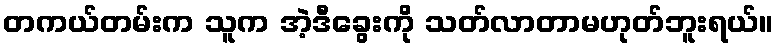
တကယ်တမ်းက သူက အဲ့ဒီခွေးကို သတ်လာတာမဟုတ်ဘူးရယ်။